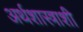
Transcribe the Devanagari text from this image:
अर्थशास्त्राशी